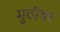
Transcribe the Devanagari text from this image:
मुठींवर